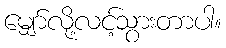
မျှော်လို့လင့်သွားတာပါ။